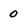
Character: 0